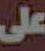
على